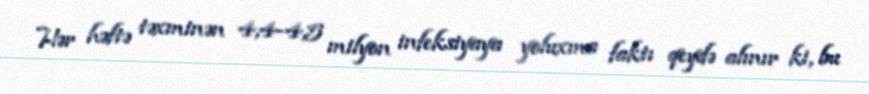
Hər həftə təxminən 4,4-4,5 milyon infeksiyaya yoluxma faktı qeydə alınır ki, bu